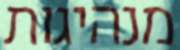
מנהיגות